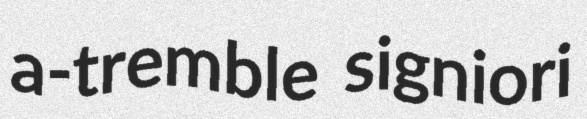
a-tremble signiori